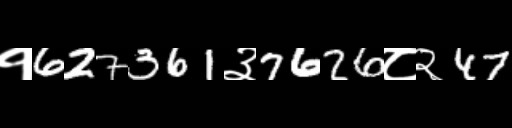
Text: १627361३7626८२47